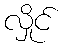
လှိုင်